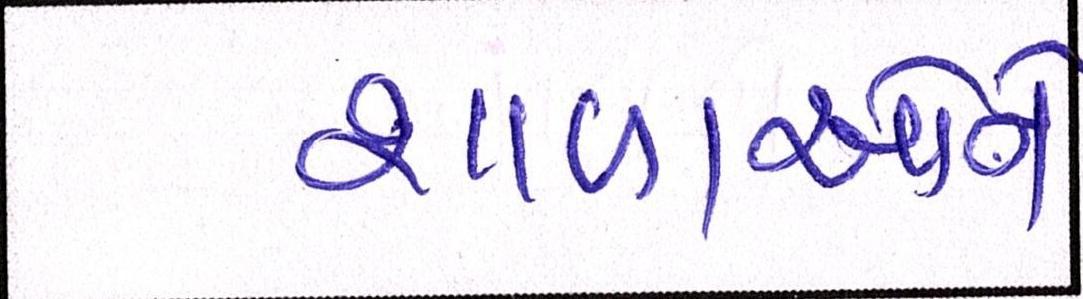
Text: શાળાઓને